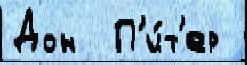
Дон  П'и́т'ер